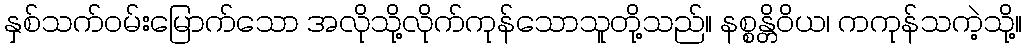
နှစ်သက်ဝမ်းမြောက်သော အလိုသို့လိုက်ကုန်သောသူတို့သည်။ နစ္စန္တိဝိယ၊ ကကုန်သကဲ့သို့။